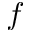
f